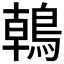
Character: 𪂂